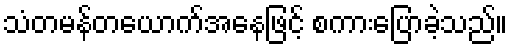
သံတမန်တယောက်အနေဖြင့် စကားပြောခဲ့သည်။